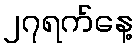
၂၇ရက်နေ့